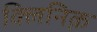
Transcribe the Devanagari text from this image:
क्लिनिक़